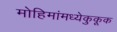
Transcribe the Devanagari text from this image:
मोहिमांमध्येकुकूक